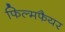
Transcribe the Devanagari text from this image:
फिल्मफैयर